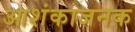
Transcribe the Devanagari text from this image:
आशंकाजनक